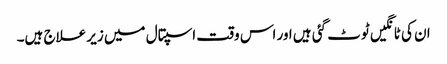
ان کی ٹانگیں ٹوٹ گئی ہیں اور اس وقت اسپتال میں زیر علاج ہیں۔